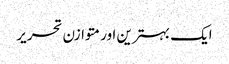
ایک بہترین اور متوازن تحریر